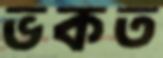
ভকত